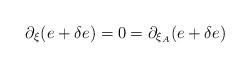
LaTeX: \begin{align*} \partial_{\xi} (e + \delta e ) = 0 = \partial_{\xi_A} ( e + \delta e )\end{align*}